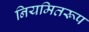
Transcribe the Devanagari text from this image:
नियमितरूप